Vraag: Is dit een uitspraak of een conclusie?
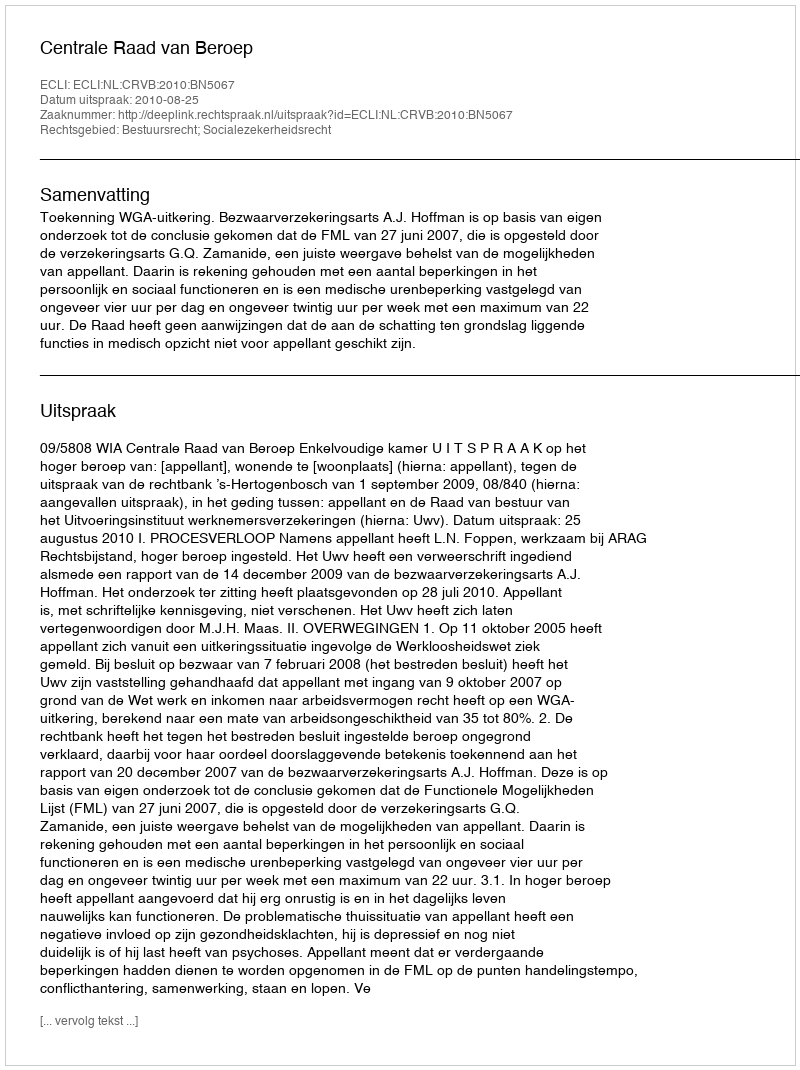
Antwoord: Uitspraak